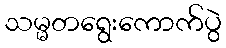
သမ္မတရွေးကောက်ပွဲ